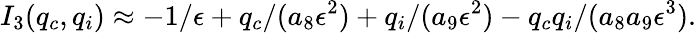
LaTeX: I_{3}(q_{c},q_{i})\approx-1/\epsilon+q_{c}/(a_{8}\epsilon^{2})+q_{i}/(a_{9}\epsilon^{2})-q_{c}q_{i}/(a_{8}a_{9}\epsilon^{3}).